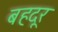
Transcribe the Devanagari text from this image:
बहदूर